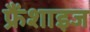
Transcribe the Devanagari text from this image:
फ्रैंशाइज